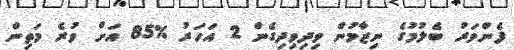
ފެންވަރު ބެލުމުގެ ނިޒާމުން ވިދިވިދިގެން 2 އަހަރު %85 އަށް ވުރެ މަތިން